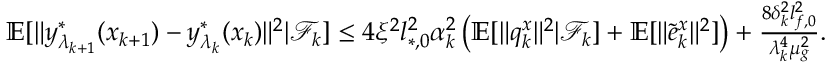
\begin{array} { r } { \mathbb { E } [ \| y _ { \lambda _ { k + 1 } } ^ { * } ( x _ { k + 1 } ) - y _ { \lambda _ { k } } ^ { * } ( x _ { k } ) \| ^ { 2 } | \mathcal { F } _ { k } ] \le 4 \xi ^ { 2 } l _ { * , 0 } ^ { 2 } \alpha _ { k } ^ { 2 } \left( \mathbb { E } [ \| q _ { k } ^ { x } \| ^ { 2 } | \mathcal { F } _ { k } ] + \mathbb { E } [ \| \tilde { e } _ { k } ^ { x } \| ^ { 2 } ] \right) + \frac { 8 \delta _ { k } ^ { 2 } l _ { f , 0 } ^ { 2 } } { \lambda _ { k } ^ { 4 } \mu _ { g } ^ { 2 } } . } \end{array}